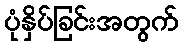
ပုံနှိပ်ခြင်းအတွက်